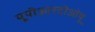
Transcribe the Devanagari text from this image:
यूपीआरटीओयू